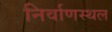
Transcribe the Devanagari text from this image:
निर्वाणस्थल